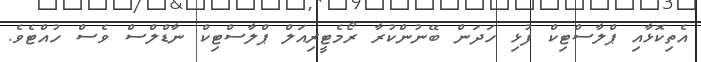
އެތިކޮޅާއި ޕްލާސްޓިކް ފުޅި ހަދަން ބޭނުންކުރާ ރޯމެޓީރިއަލް ޕްލާސްޓިކް ނާޑްލްސް ވެސް ހުއްޓެވެ.